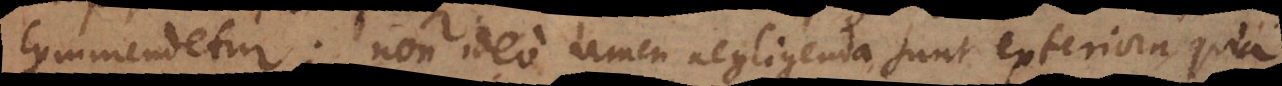
commendetur; non ideo tamen negligenda sunt exteriora quia